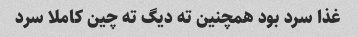
غذا سرد بود همچنین ته دیگ ته چین کاملا سرد